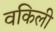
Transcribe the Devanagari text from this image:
वकिली